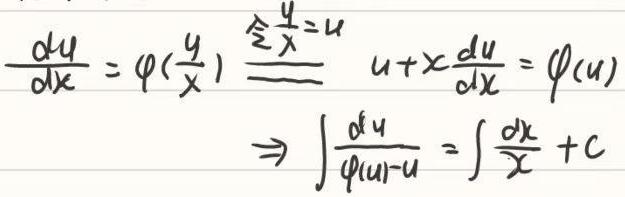
\(\frac{\mathrm{d}y}{\mathrm{d}x} = \varphi(\frac{y}{x}) \stackrel{\text{令}\frac{y}{x}=u}{=} u + x\frac{\mathrm{d}u}{\mathrm{d}x} = \varphi(u) \Rightarrow \int \frac{\mathrm{d}u}{\varphi(u)-u} = \int \frac{\mathrm{d}x}{x} + C\)